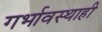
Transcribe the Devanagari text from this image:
गर्भावस्थाही